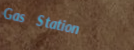
Gas Station